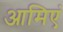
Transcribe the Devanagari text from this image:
आमिएं